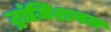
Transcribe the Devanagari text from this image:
ट्रांज़िशनल